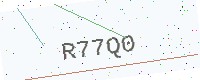
Text: R77Q0